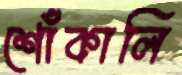
শোঁকালি